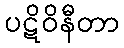
ပဋိဝိနီတာ